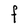
Character: F